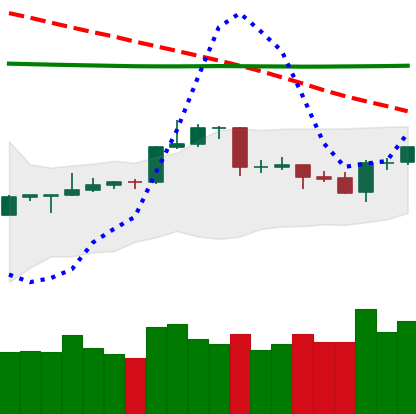
Ticker: LTC-USD
Chart end date: 2020-04-18
Forward return: -3.214%
Label: down_3_5